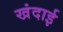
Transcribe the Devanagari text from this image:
खंदाई